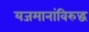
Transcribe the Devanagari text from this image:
यजमानांविरुद्ध